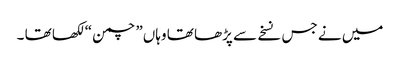
میں نے جس نسخے سے پڑھا تھا وہاں” چمن “ لکھا تھا ۔